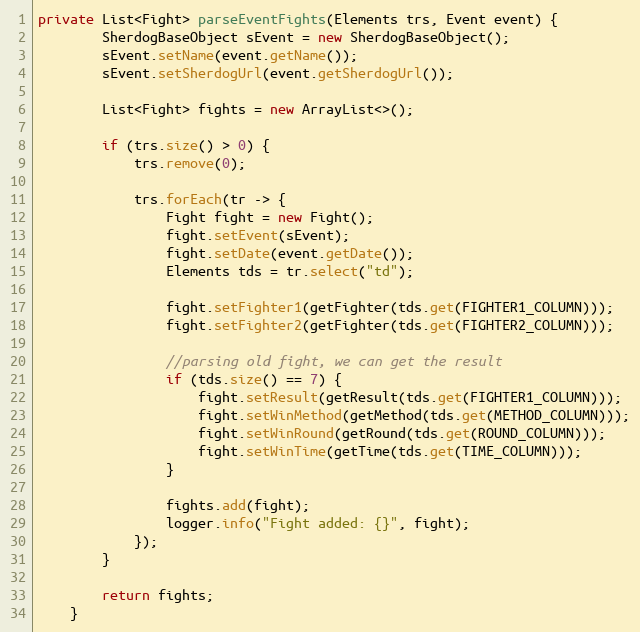
Language: Java
private List<Fight> parseEventFights(Elements trs, Event event) {
        SherdogBaseObject sEvent = new SherdogBaseObject();
        sEvent.setName(event.getName());
        sEvent.setSherdogUrl(event.getSherdogUrl());

        List<Fight> fights = new ArrayList<>();

        if (trs.size() > 0) {
            trs.remove(0);

            trs.forEach(tr -> {
                Fight fight = new Fight();
                fight.setEvent(sEvent);
                fight.setDate(event.getDate());
                Elements tds = tr.select("td");

                fight.setFighter1(getFighter(tds.get(FIGHTER1_COLUMN)));
                fight.setFighter2(getFighter(tds.get(FIGHTER2_COLUMN)));

                //parsing old fight, we can get the result
                if (tds.size() == 7) {
                    fight.setResult(getResult(tds.get(FIGHTER1_COLUMN)));
                    fight.setWinMethod(getMethod(tds.get(METHOD_COLUMN)));
                    fight.setWinRound(getRound(tds.get(ROUND_COLUMN)));
                    fight.setWinTime(getTime(tds.get(TIME_COLUMN)));
                }

                fights.add(fight);
                logger.info("Fight added: {}", fight);
            });
        }

        return fights;
    }